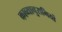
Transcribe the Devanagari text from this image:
काव्यानुरागियों